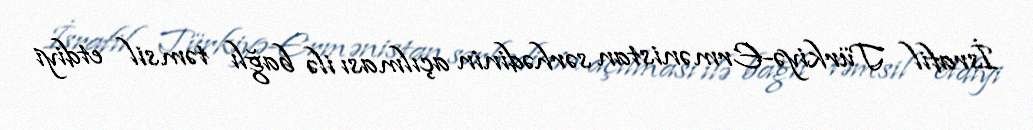
İsrafil Türkiyə-Ermənistan sərhədinin açılması ilə bağlı təmsil etdiyi